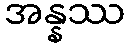
အန္နဿ